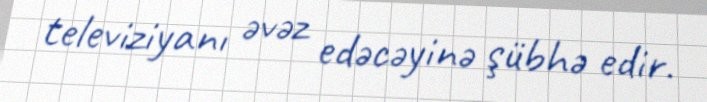
televiziyanı əvəz edəcəyinə şübhə edir.